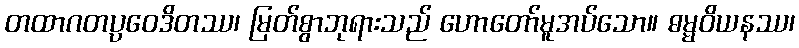
တထာဂတပ္ပဝေဒိတဿ၊ မြတ်စွာဘုရားသည် ဟောတော်မူအပ်သော။ ဓမ္မဝိယနဿ၊